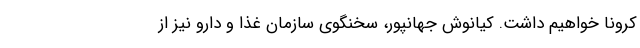
کرونا خواهیم داشت. کیانوش جهانپور، سخنگوی سازمان غذا و دارو نیز از